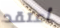
أعتقد